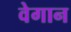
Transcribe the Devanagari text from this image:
वेगान